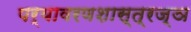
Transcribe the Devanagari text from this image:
पर्यावरणशास्त्रज्ञ